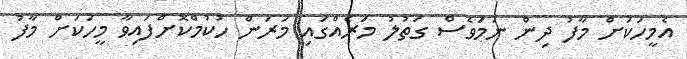
އެމީހަކަށް މާފު ދިން ނަމަވެސް ގަތުލު މަރެއްގައި މަރަން ހުކުމްކޮށްފައިވާ މީހަކަށް މާފު